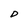
Character: D